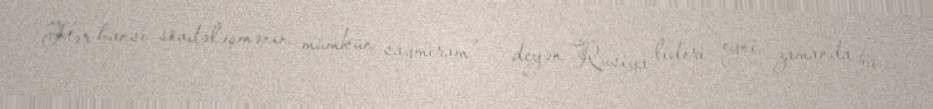
Hər hansı sövdələşmənin mümkün saymıram", - deyən Rusiya lideri eyni zamanda bu